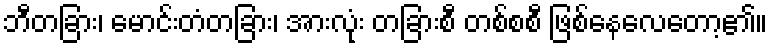
ဘီတခြား၊ မောင်းတံတခြား၊ အားလုံး တခြားစီ တစ်စစီ ဖြစ်နေလေတော့၏။